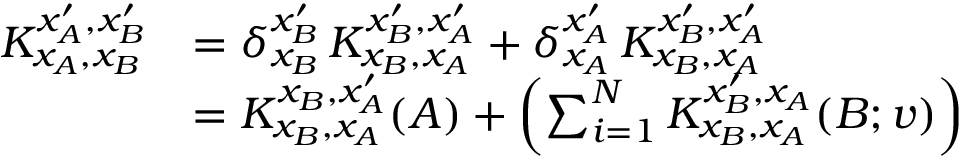
\begin{array} { r l } { K _ { x _ { A } , x _ { B } } ^ { x _ { A } ^ { \prime } , x _ { B } ^ { \prime } } } & { = \delta _ { x _ { B } } ^ { x _ { B } ^ { \prime } } \, K _ { x _ { B } , x _ { A } } ^ { x _ { B } ^ { \prime } , x _ { A } ^ { \prime } } + \delta _ { x _ { A } } ^ { x _ { A } ^ { \prime } } \, K _ { x _ { B } , x _ { A } } ^ { x _ { B } ^ { \prime } , x _ { A } ^ { \prime } } } \\ & { = K _ { x _ { B } , x _ { A } } ^ { x _ { B } , x _ { A } ^ { \prime } } ( A ) + \left( \sum _ { i = 1 } ^ { N } K _ { x _ { B } , x _ { A } } ^ { x _ { B } ^ { \prime } , x _ { A } } ( B ; v ) \right) } \end{array}